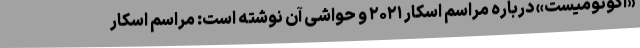
«اکونومیست» درباره مراسم اسکار ۲۰۲۱ و حواشی آن نوشته است: مراسم اسکار